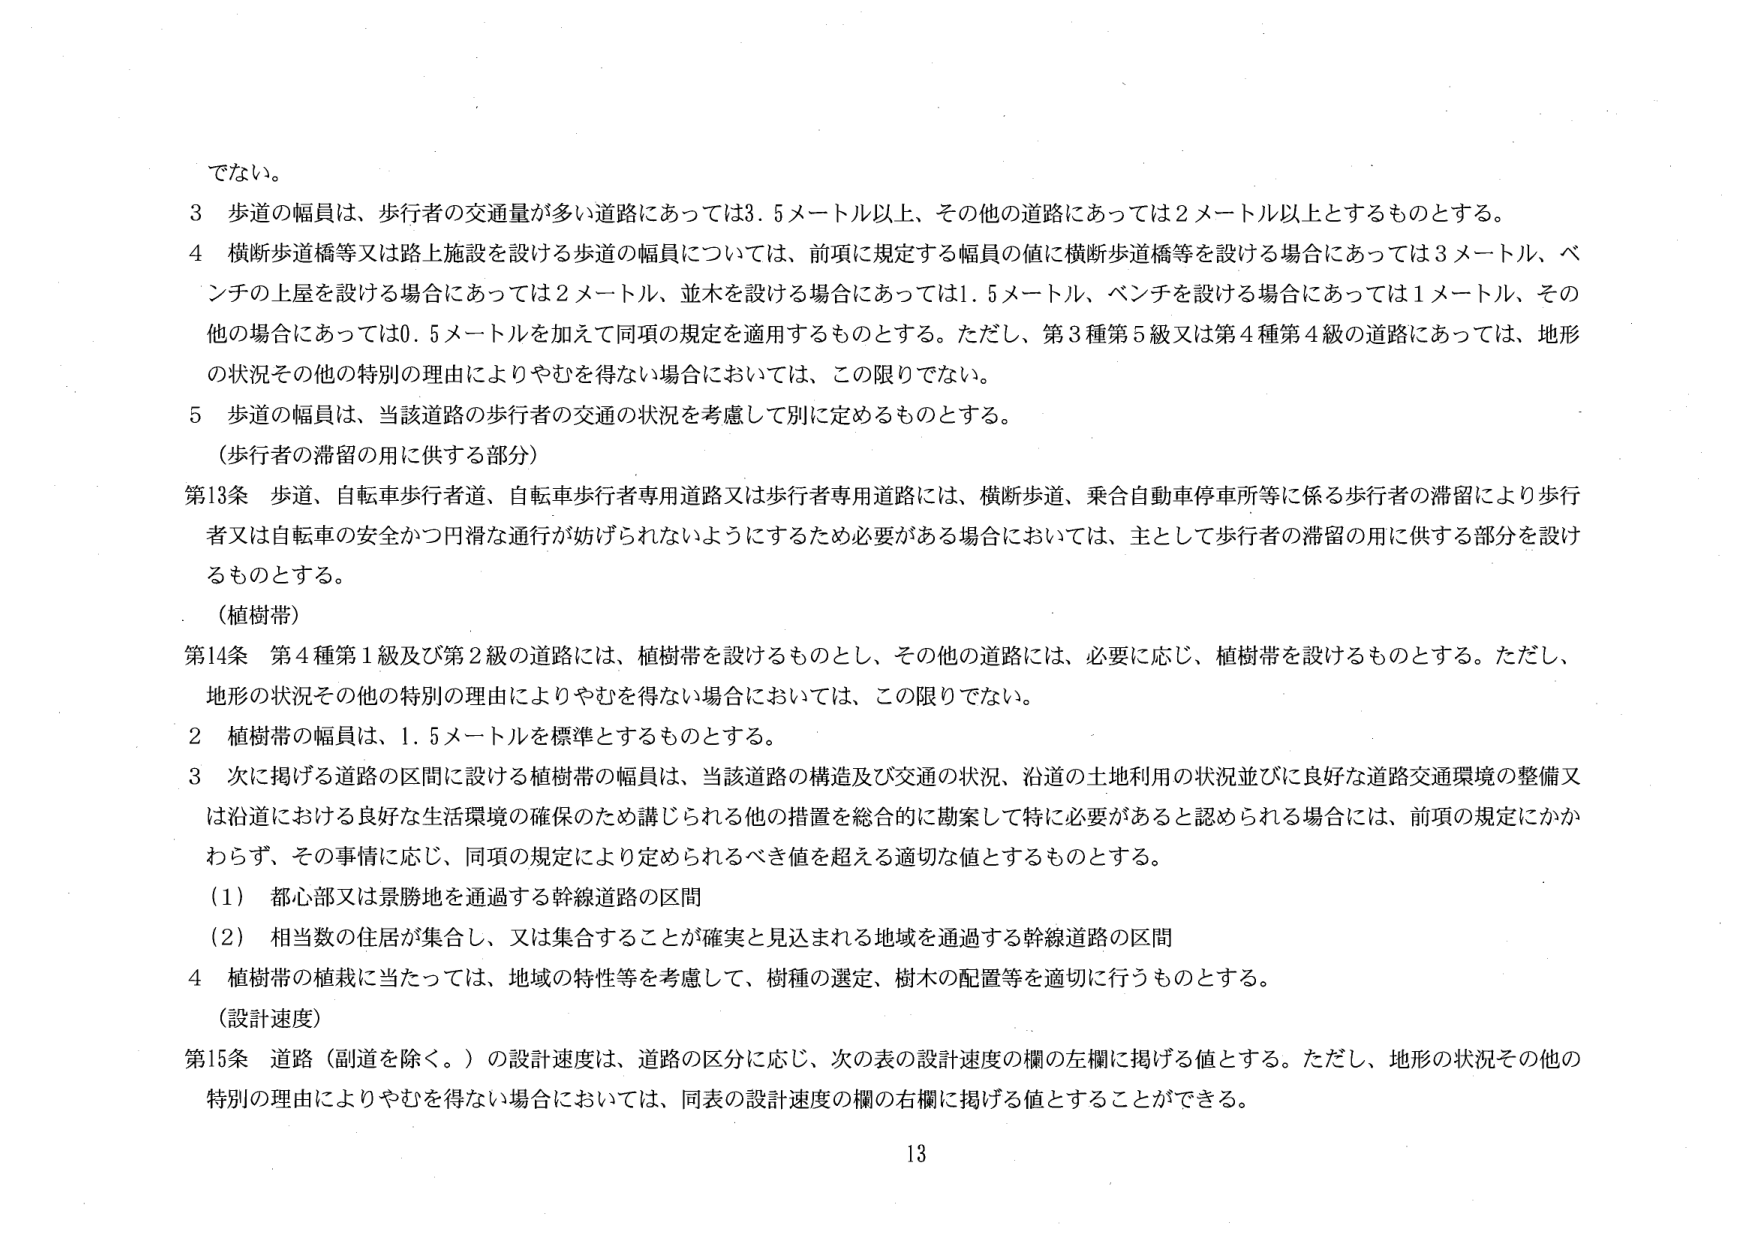
でない。

3 歩道の幅員は、歩行者の交通量が多い道路にあっては3.5メートル以上、その他の道路にあっては2メートル以上とするものとする。

4 横断歩道橋等又は路上施設を設ける歩道の幅員については、前項に規定する幅員の値に横断歩道橋等を設ける場合にあっては3メートル、ベンチの上屋を設ける場合にあっては2メートル、並木を設ける場合にあっては1.5メートル、ベンチを設ける場合にあっては1メートル、その他の場合にあっては0.5メートルを加えて同項の規定を適用するものとする。ただし、第3種第5級又は第4種第4級の道路にあっては、地形の状況その他の特別の理由によりやむを得ない場合においては、この限りでない。

5 歩道の幅員は、当該道路の歩行者の交通の状況を考慮して別に定めるものとする。

（歩行者の滞留の用に供する部分）

第13条 歩道、自転車歩行者道、自転車歩行者専用道路又は歩行者専用道路には、横断歩道、乗合自動車停車所等に係る歩行者の滞留により歩行者又は自転車の安全かつ円滑な通行が妨げられないようにするため必要がある場合においては、主として歩行者の滞留の用に供する部分を設けるものとする。

（植樹帯）

第14条 第4種第1級及び第2級の道路には、植樹帯を設けるものとし、その他の道路には、必要に応じ、植樹帯を設けるものとする。ただし、地形の状況その他の特別の理由によりやむを得ない場合においては、この限りでない。

2 植樹帯の幅員は、1.5メートルを標準とするものとする。

3 次に掲げる道路の区間に設ける植樹帯の幅員は、当該道路の構造及び交通の状況、沿道の土地利用の状況並びに良好な道路交通環境の整備又は沿道における良好な生活環境の確保のため講じられる他の措置を総合的に勘案して特に必要があると認められる場合には、前項の規定にかかわらず、その事情に応じ、同項の規定により定められるべき値を超える適切な値とするものとする。

（1） 都心部又は景勝地を通過する幹線道路の区間

（2） 相当数の住居が集合し、又は集合することが確実と見込まれる地域を通過する幹線道路の区間

4 植樹帯の植栽に当たっては、地域の特性等を考慮して、樹種の選定、樹木の配置等を適切に行うものとする。

（設計速度）

第15条 道路（副道を除く。）の設計速度は、道路の区分に応じ、次の表の設計速度の欄の左欄に掲げる値とする。ただし、地形の状況その他の特別の理由によりやむを得ない場合においては、同表の設計速度の欄の右欄に掲げる値とすることができる。

13